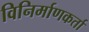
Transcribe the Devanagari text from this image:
विनिर्माणकर्ता